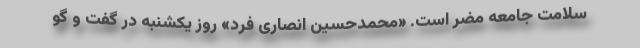
سلامت جامعه مضر است. «محمدحسین انصاری فرد» روز یکشنبه در گفت و گو